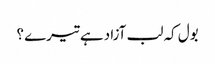
بول کہ لب آزاد ہے تیرے ؟